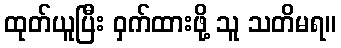
ထုတ်ယူပြီး ဝှက်ထားဖို့ သူ သတိမရ။